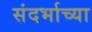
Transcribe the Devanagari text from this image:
संदर्भाच्या